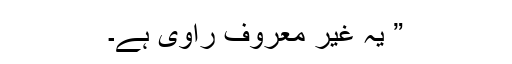
” یہ غیر معروف راوی ہے۔